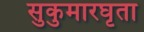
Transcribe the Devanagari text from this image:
सुकुमारघृता